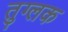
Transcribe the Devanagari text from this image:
तुग्लक